Civil Veterinary Department Bihar reports 1940-50 - 1940-1950
Year: 1940
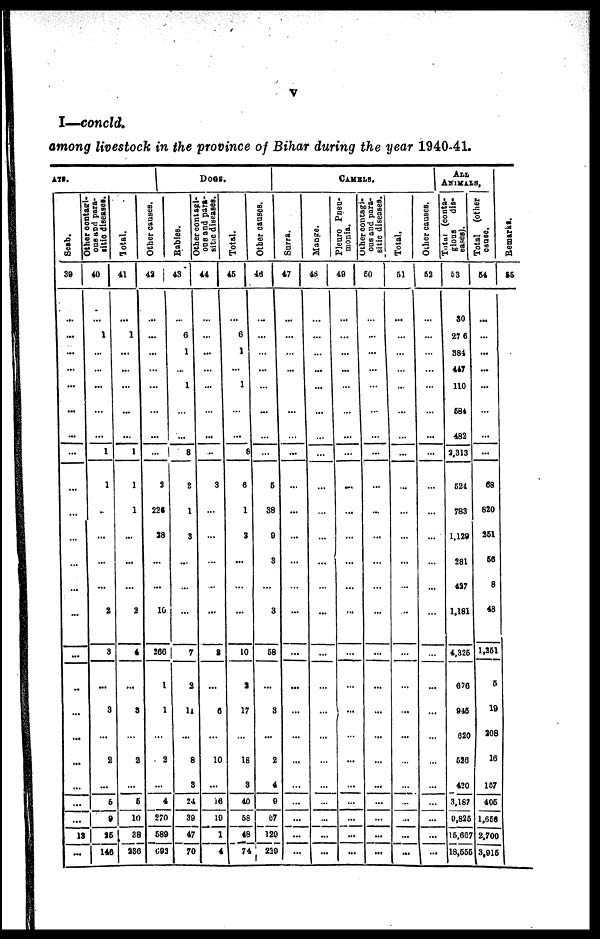
V
I—concld.
among livestock in the province of Bihar during the year 1940-41.
ATS.
Scab.
39
…
...
...
…
…
...
...
…
…
…
…
…
…
...
…
…
…
...
...
…
…
…
13
...
one and para-
sitic diseases.
40
…
1
…
…
...
…
…
1
1
...
…
…
...
2
3
...
3
…
2
…
5
9
25
146
Total.
41
…
1
…
...
…
...
…
1
1
1
…
…
…
2
4
...
3
…
2
…
6
10
38
236
Other causes.
42
…
...
…
…
…
…
...
...
2
226
28
…
...
10
266
1
1
…
2
…
4
270
589
693
DOGS.
Babies.
43
...
6
1
…
1
…
…
8
2
1
3
…
…
…
7
9
11
...
8
3
24
39
47
70
ous
and para-
sitic diseases.
44
…
...
...
…
…
…
...
…
3
…
…
…
…
…
2
...
6
…
10
…
16
10
1
4
Total.
45
…
6
1
…
1
…
…
8
6
1
3
...
…
…
10
2
17
…
18
3
40
68
48
74
Other causes.
46
…
…
…
…
…
…
…
…
6
38
9
3
...
3
58
…
3
…
2
4
9
67
129
239
CAMELS.
Surra.
47
…
...
…
…
…
...
…
…
…
…
…
…
…
…
…
...
…
…
…
…
…
…
…
…
Mange.
48
…
…
…
...
…
…
…
…
…
…
…
…
…
...
…
…
…
…
…
…
…
…
…
…
Pleuro Pneu-
monia.
49
…
…
…
…
…
…
…
…
...
…
…
...
…
…
…
…
…
…
...
…
…
…
…
...
ous and para-
sitic diseases.
50
…
…
…
…
…
…
…
…
…
...
…
…
…
…
…
…
...
…
…
...
…
…
…
...
Total.
51
...
…
…
…
…
…
…
…
…
…
…
…
…
…
…
…
...
…
…
…
…
...
…
...
ALL
ANIMALS,
Oilier causes.
52
…
…
…
…
…
…
…
…
…
…
…
…
…
…
…
...
...
…
…
…
…
…
…
...
Total (conta-
gious
dis-
eases).
53
30
27 6
381
447
110
584
482
2,313
621
783
1,129
281
427
1,181
4.326
676
945
620
626
420
3,187
9,825
15,667
18,555
Total (other
cause.
54
…
…
…
...
…
…
…
…
68
820
361
66
8
48
1,261
6
19
208
16
167
406
1,656
2,700
3,915
Remarks.
55